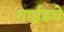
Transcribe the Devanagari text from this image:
गाईडचे